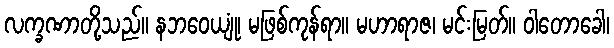
လက္ခဏာတို့သည်။ နဘဝေယျုံ၊ မဖြစ်ကုန်ရာ။ မဟာရာဇ၊ မင်းမြတ်။ ဝါတောခေါ၊